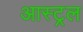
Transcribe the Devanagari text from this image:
आस्ट्रल